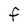
Character: F